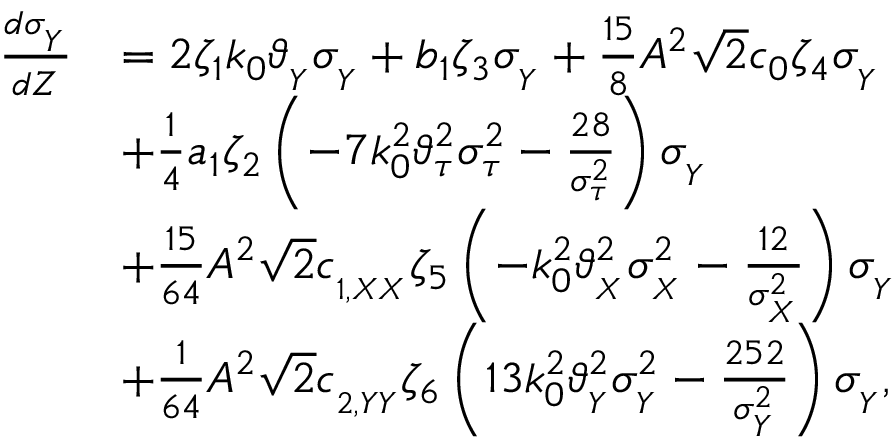
\begin{array} { r l } { \frac { d \sigma _ { _ Y } } { d Z } } & { = 2 \zeta _ { 1 } k _ { 0 } \vartheta _ { _ { Y } } \sigma _ { _ Y } + b _ { 1 } \zeta _ { 3 } \sigma _ { _ Y } + \frac { 1 5 } { 8 } A ^ { 2 } \sqrt { 2 } c _ { 0 } \zeta _ { 4 } \sigma _ { _ Y } } \\ & { + \frac { 1 } { 4 } a _ { 1 } \zeta _ { 2 } \left( - 7 k _ { 0 } ^ { 2 } \vartheta _ { \tau } ^ { 2 } \sigma _ { \tau } ^ { 2 } - \frac { 2 8 } { \sigma _ { \tau } ^ { 2 } } \right) \sigma _ { _ Y } } \\ & { + \frac { 1 5 } { 6 4 } A ^ { 2 } \sqrt { 2 } c _ { _ { 1 , X X } } \zeta _ { 5 } \left( - k _ { 0 } ^ { 2 } \vartheta _ { _ { X } } ^ { 2 } \sigma _ { _ X } ^ { 2 } - \frac { 1 2 } { \sigma _ { _ X } ^ { 2 } } \right) \sigma _ { _ Y } } \\ & { + \frac { 1 } { 6 4 } A ^ { 2 } \sqrt { 2 } c _ { _ { 2 , Y Y } } \zeta _ { 6 } \left( 1 3 k _ { 0 } ^ { 2 } \vartheta _ { _ { Y } } ^ { 2 } \sigma _ { _ Y } ^ { 2 } - \frac { 2 5 2 } { \sigma _ { _ Y } ^ { 2 } } \right) \sigma _ { _ Y } , } \end{array}